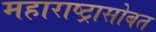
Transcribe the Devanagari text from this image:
महाराष्ट्रासोबत